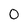
Character: 0